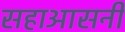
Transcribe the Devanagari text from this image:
सहाआसनी